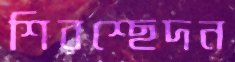
শিরশ্ছেদন